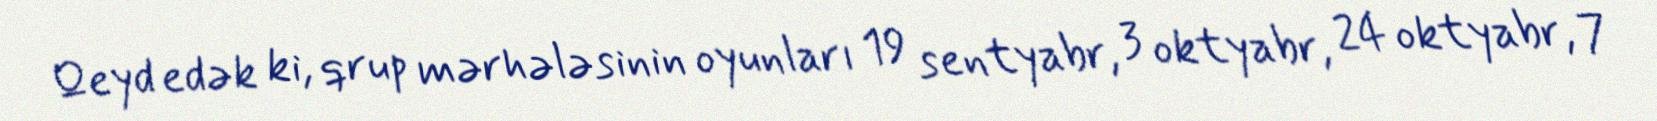
Qeyd edək ki, qrup mərhələsinin oyunları 19 sentyabr, 3 oktyabr, 24 oktyabr, 7